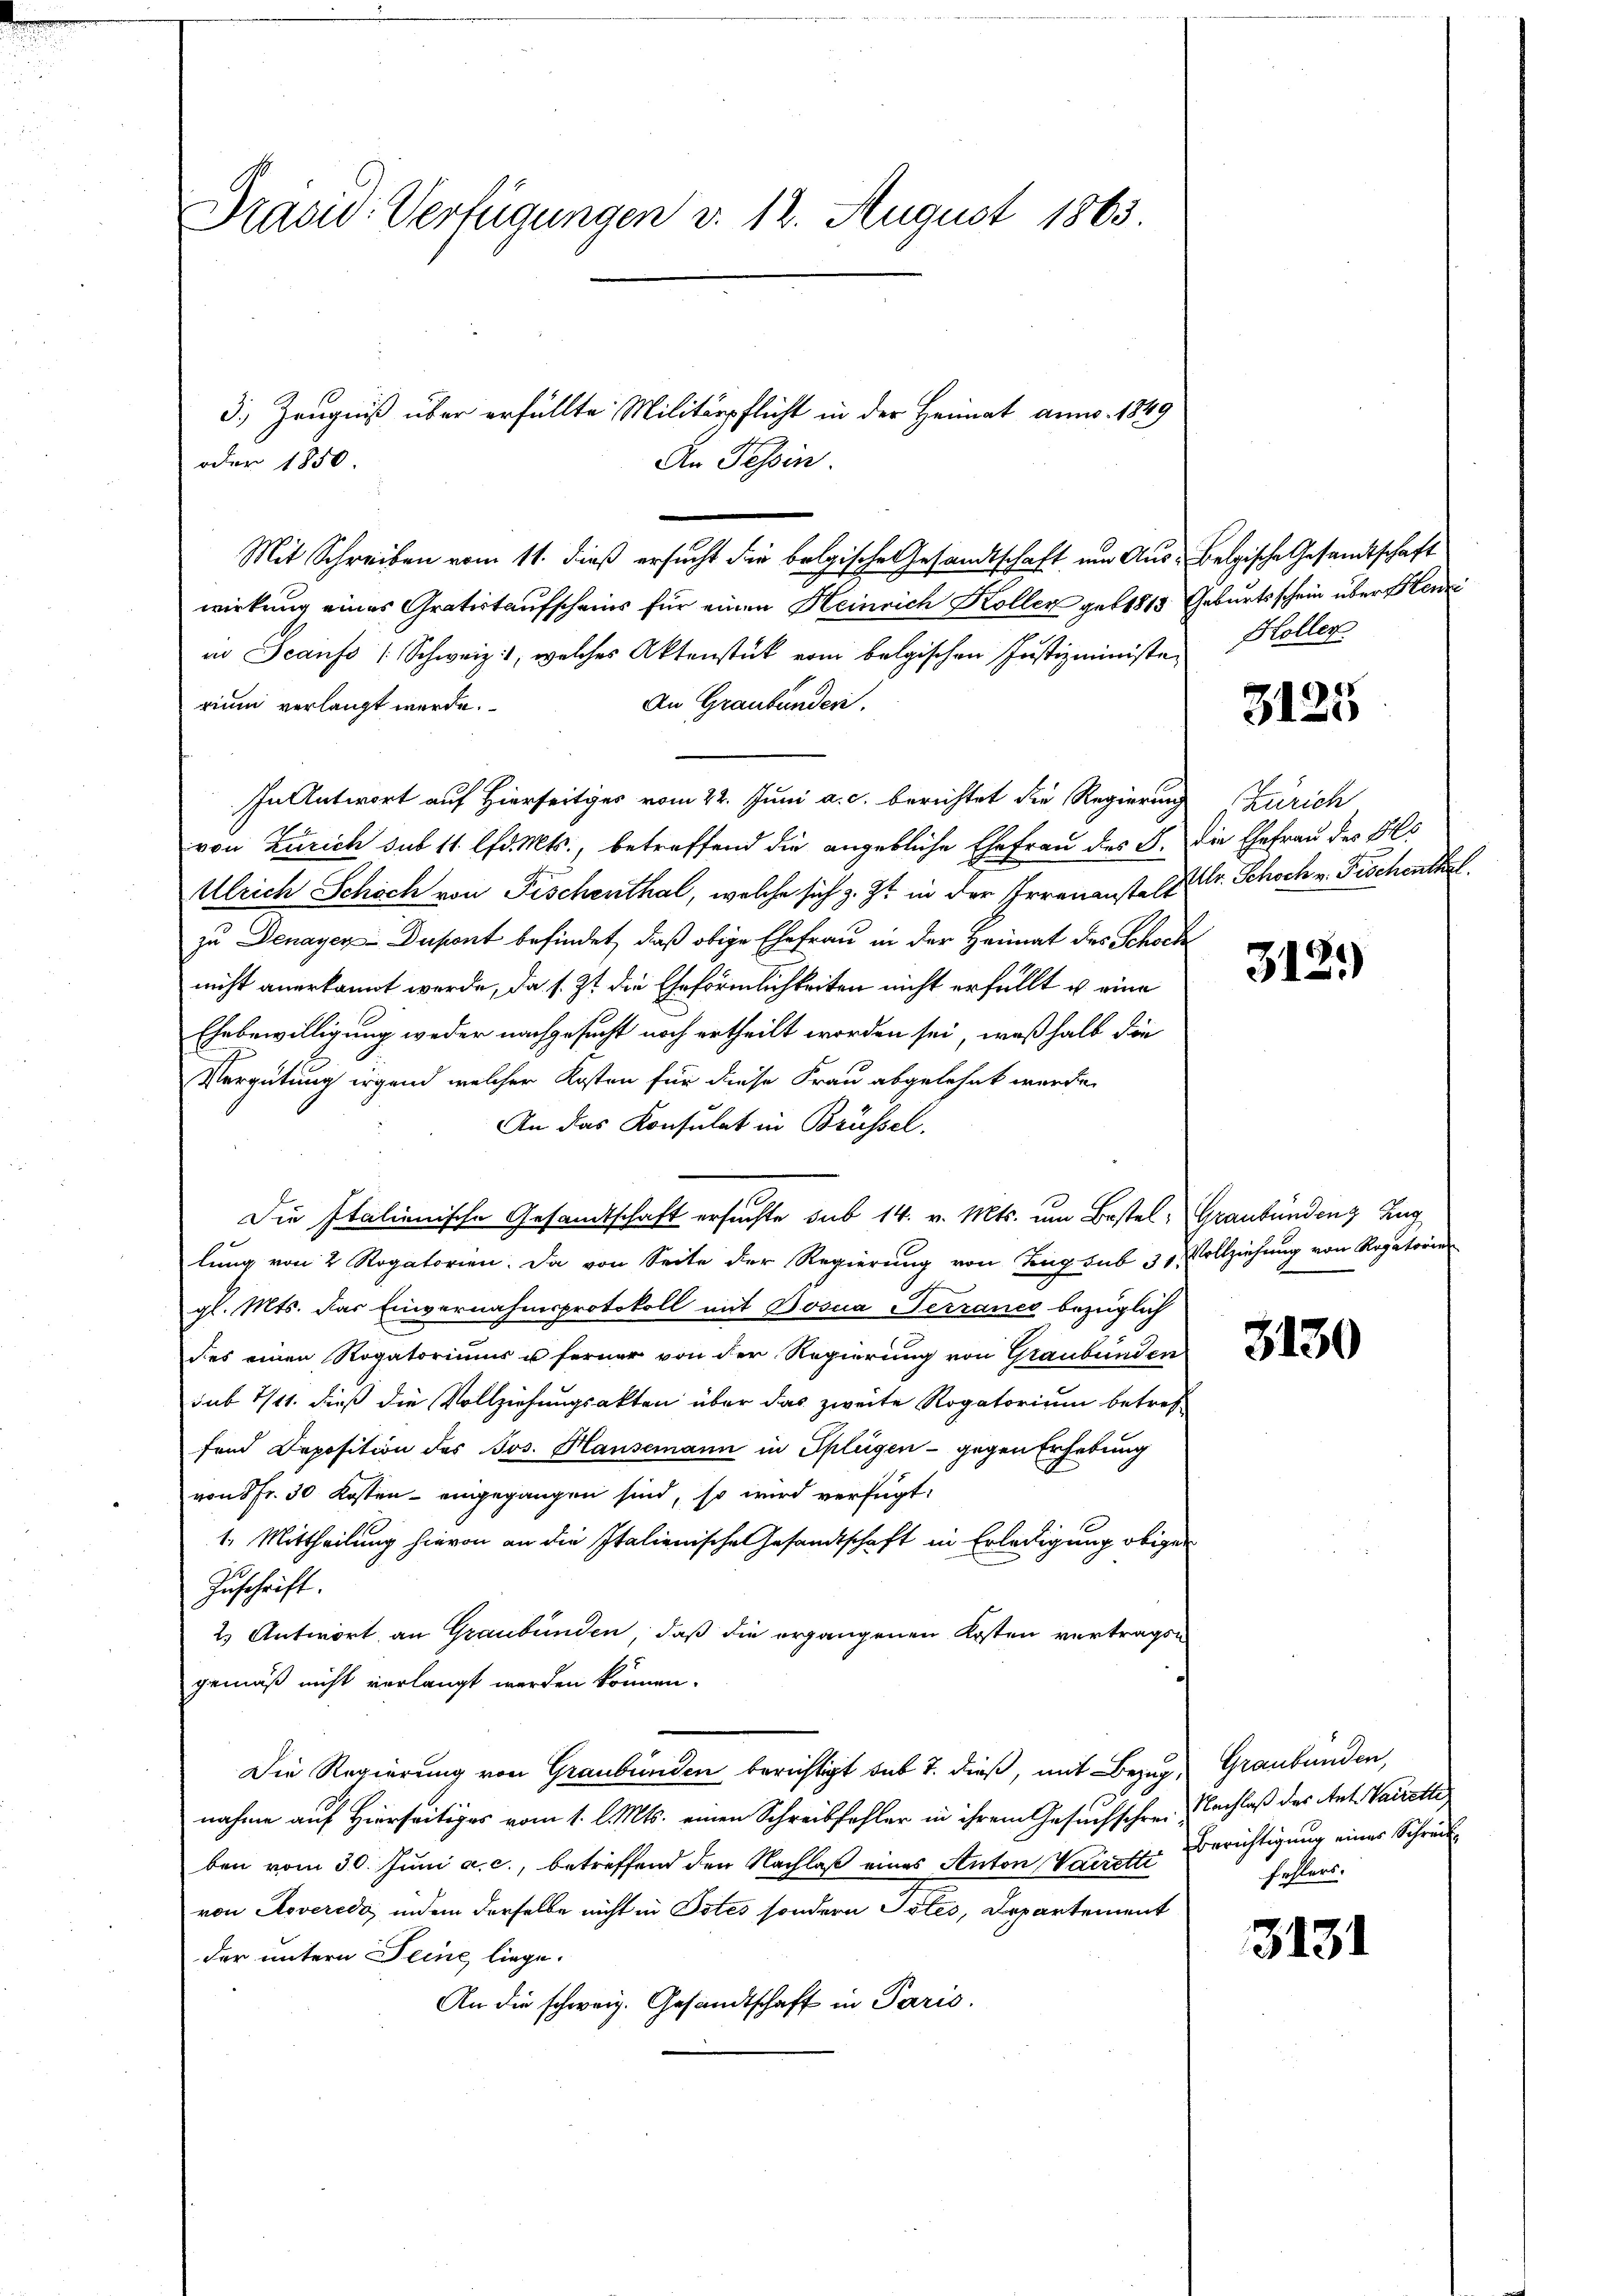
Präsid. Verfügungen v. 12. August 1863.

oder 1850
Mit Schreiben vom 11. dieß ersucht die belgische Gesandtschaft um Aus-Belgische Gesandtschaft
wirkung eines Gratistaufscheins für einen Heinrich Koller geb 1815 Geburtsschein über Henzi
an Scanfs / Schweiz, welches Aktenstück vom belgischen Justizministen Holler
An Graubünden.
rium verlangt werde.
In Antwort auf Hierseits vom 22. Juni a. c. berichtet die Regierung Zürich
von Zürich sub 11 lfd. Mts., betreffend die angebliche Ehefrau des F. die Ehefrau des Ges
Ulrich Schoch von Fischenthal, welche sich z. Zt. in der Irrenanste Er. Schoch v. Fischenthal
zu Denayey-Dusont befindet, daß obige Ehefrau in der Heimat des Schock
nicht anerkannt werde, da s. Zt. die Eheförmlichkeiten nicht erfüllt u. eine
Ehebewilligung weder nachgesucht noch ertheilt worden sei, weßhalb die
Vergütung irgend welcher Kosten für diese Frau abgelehnt werde.
An das Konsulat in Brüssel.
.
Die Italienische Gesandtschaft ersuchte sub 14. v. Mts. um Bestel, Graubünden Zug
lung von 2 Rogatorien. Da von Seite der Regierung von Tag sub 30 Vollziehung von Rogatorier
gl. Mts. das Einvernahmsprotokoll mit Bosia Terranes bezüglich
des Rufe von der Regierung von Graub
sub 1/11. dieß die Vollziehungsakten über das zweite Rogatorium betref
fend Deposition des Jos. Hausemann in Splügen - gegen Erhebung
von 5 Fr. 30 Kosten - eingegangen sind, so wird verfügt:
1. Mittheilung hievon an die Italienische Gesandtschaft in Erledigung obiger
Zuschrift.
2) Antwort an Graubünden, daß die ergangenen Kosten vertragen
gemäß nicht verlangt werden können.
Die Regierung von Graubünden berichtigt sub 7. dieß, mit Bezug, Graubünden,
nahme auf Hierseitiges vom 1. l. Mts. einen Schreibfehler in ihrem Gesuchschrei-
ben vom 30. Juni a. c., betreffend den Nachlaß eines Anton Varister Berichtigung einer Schreibe
von Roveredo, indem derselbe nicht in Totes sondern Totes, Departement
3131
der untern Seine liege.
An die schweiz. Gesandtschaft in Paris.

3. Zeugniß über erfüllte Militärpflicht in der Heimat anno. 1849
An Tessin.

3125

312.)

Nachlaß des Ant. Karrette
fehlers.